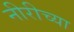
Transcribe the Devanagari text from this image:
नीरीच्या